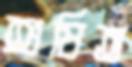
শুষিত